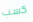
كسب